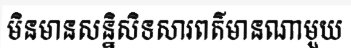
មិនមានសន្និសិទសារពត៌មានណាមួយ